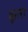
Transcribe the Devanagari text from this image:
बूग़रा